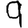
Digit: 9